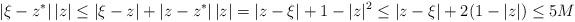
LaTeX: \begin{align*}|\xi-z^*| \, |z| \leq |\xi-z| + |z-z^*| \, |z| = |z-\xi| + 1-|z|^2 \leq |z-\xi| + 2(1-|z|) \leq 5M\end{align*}